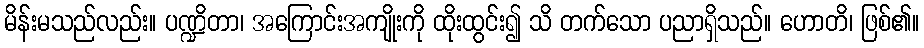
မိန်းမသည်လည်း။ ပဏ္ဍိတာ၊ အကြောင်းအကျိုးကို ထိုးထွင်း၍ သိ တက်သော ပညာရှိသည်။ ဟောတိ၊ ဖြစ်၏။